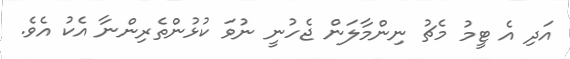
އަދި އެ ޓީމު މެޗު ނިންމާލަން ޖެހުނީ ނުވަ ކުުޅުންތެރިންނާ އެކު އެވެ.